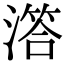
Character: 𣽛